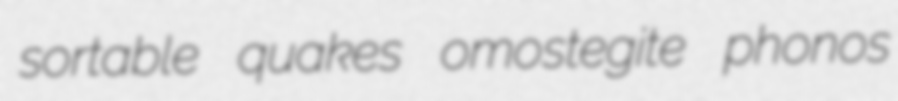
sortable quakes omostegite phonos